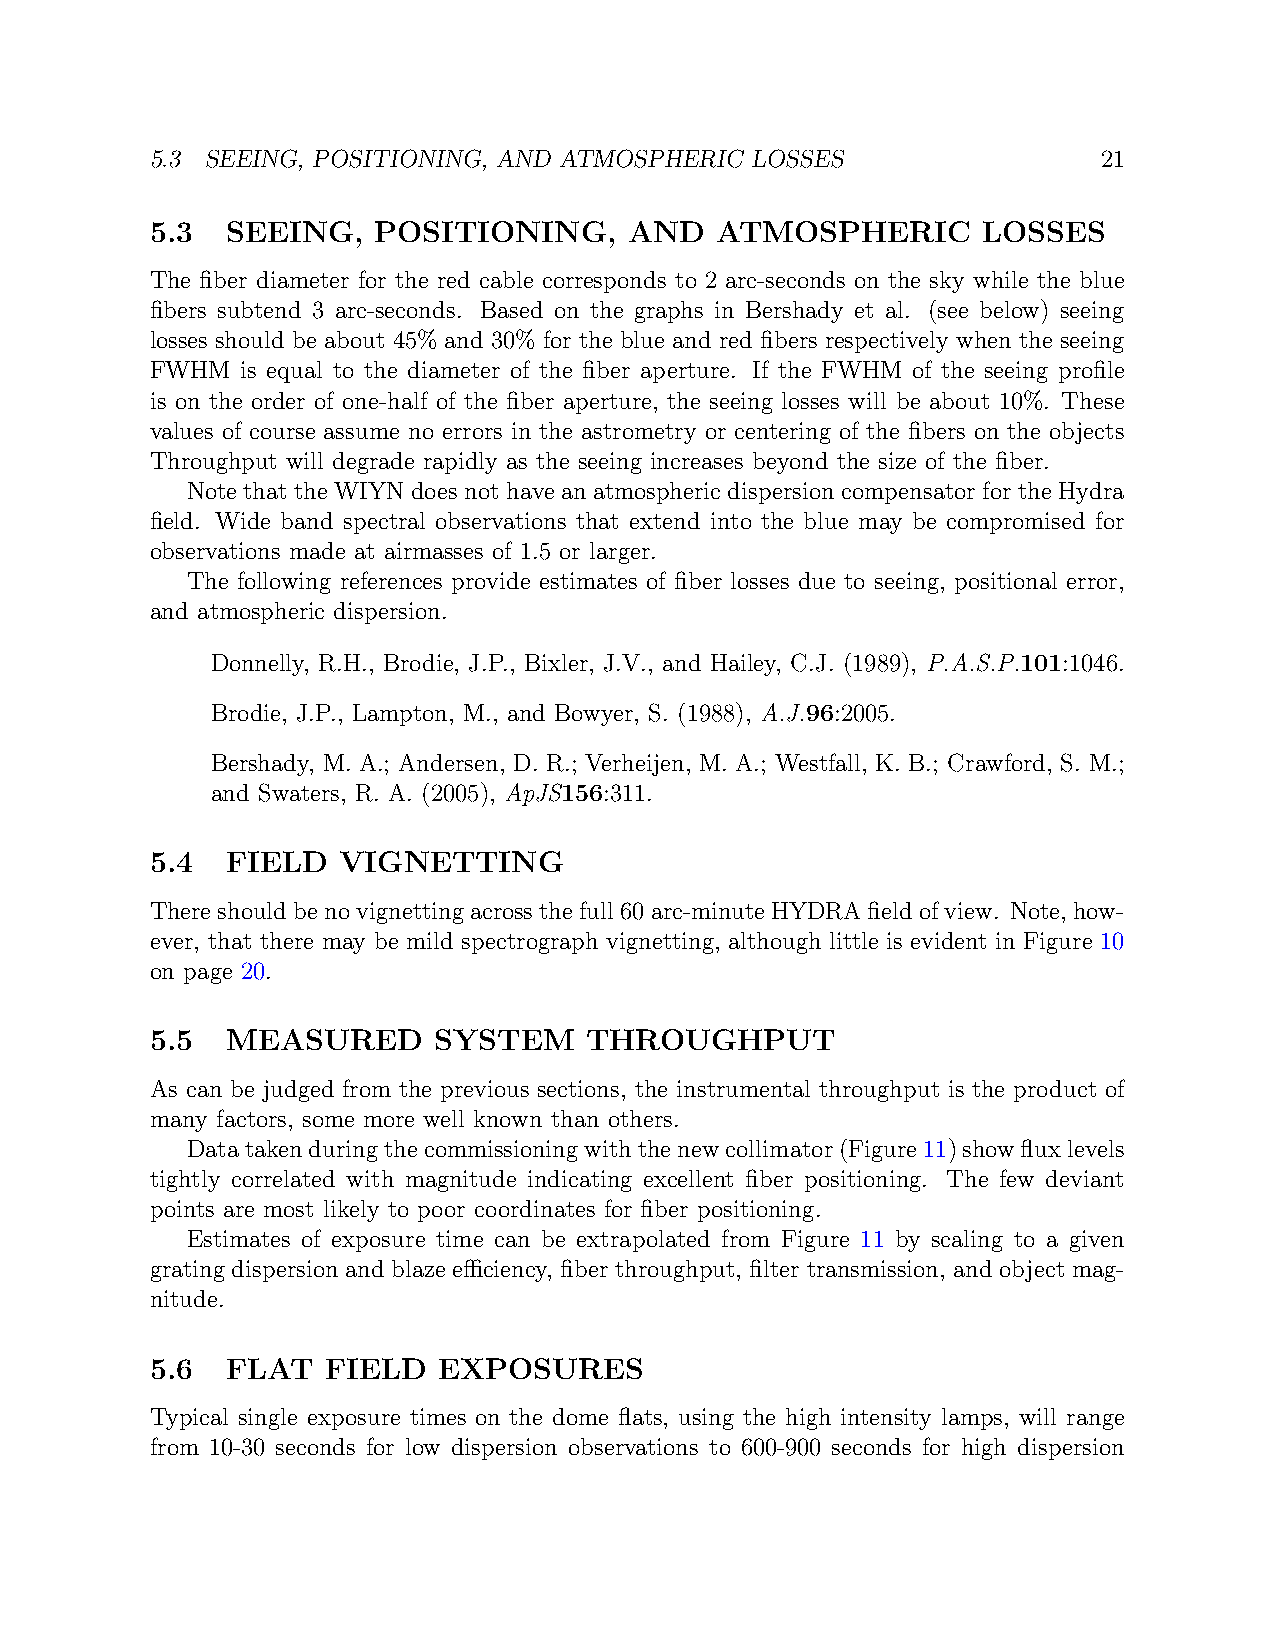
5.3 SEEING, POSITIONING, AND ATMOSPHERIC LOSSES                21
 5.3  SEEING,   POSITIONING,     AND  ATMOSPHERIC       LOSSES
 The fiber diameter for the red cable corresponds to 2 arc-seconds on the sky while the blue
 fibers subtend 3 arc-seconds. Based on the graphs in Bershady et al. (see below) seeing
 losses should be about 45% and 30% for the blue and red fibers respectively when the seeing
 FWHM  is equal to the diameter of the fiber aperture. If the FWHM of the seeing profile
 is on the order of one-half of the fiber aperture, the seeing losses will be about 10%. These
 values of course assume no errors in the astrometry or centering of the fibers on the objects
 Throughput will degrade rapidly as the seeing increases beyond the size of the fiber.
 Note that the WIYN does not have an atmospheric dispersion compensator for the Hydra
 field. Wide band spectral observations that extend into the blue may be compromised for
 observations made at airmasses of 1.5 or larger.
 The following references provide estimates of fiber losses due to seeing, positional error,
 and atmospheric dispersion.
 Donnelly, R.H., Brodie, J.P., Bixler, J.V., and Hailey, C.J. (1989), P.A.S.P.101:1046.
 Brodie, J.P., Lampton, M., and Bowyer, S. (1988), A.J.96:2005.
 Bershady, M. A.; Andersen, D. R.; Verheijen, M. A.; Westfall, K. B.; Crawford, S. M.;
 and Swaters, R. A. (2005), ApJS156:311.
 5.4  FIELD  VIGNETTING
 Thereshouldbenovignettingacrossthefull60arc-minuteHYDRAfieldofview. Note, how-
 ever, that there may be mild spectrograph vignetting, although little is evident in Figure 10
 on page 20.
 5.5  MEASURED      SYSTEM    THROUGHPUT
 As can be judged from the previous sections, the instrumental throughput is the product of
 many factors, some more well known than others.
 Datatakenduringthecommissioningwiththenewcollimator(Figure11)showfluxlevels
 tightly correlated with magnitude indicating excellent fiber positioning. The few deviant
 points are most likely to poor coordinates for fiber positioning.
 Estimates of exposure time can be extrapolated from Figure 11 by scaling to a given
 grating dispersion and blaze efficiency, fiber throughput, filter transmission, and object mag-
 nitude.
 5.6  FLAT   FIELD  EXPOSURES
 Typical single exposure times on the dome flats, using the high intensity lamps, will range
 from 10-30 seconds for low dispersion observations to 600-900 seconds for high dispersion